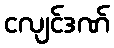
ငလျင်ဒဏ်